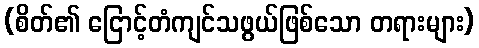
(စိတ်၏ ငြောင့်တံကျင်သဖွယ်ဖြစ်သော တရားများ)